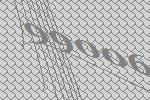
99006